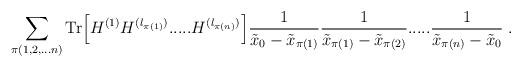
LaTeX: \begin{align*}\sum_{\pi(1,2,...n)} \mbox{Tr}\Big[H^{(1)} H^{(l_{\pi(1)})} .....H^{(l_{\pi(n)})} \Big]\frac{1}{\tilde{x}_0 - \tilde{x}_{\pi(1)}}\frac{1}{\tilde{x}_{\pi(1)} - \tilde{x}_{\pi(2)}} .....\frac{1}{\tilde{x}_{\pi(n)} - \tilde{x}_0} \; .\end{align*}